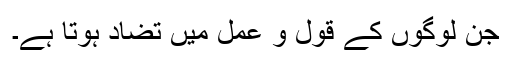
جن لوگوں کے قول و عمل میں تضاد ہوتا ہے۔